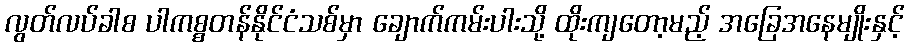
လွတ်လပ်ခါစ ပါကစ္စတန်နိုင်ငံသစ်မှာ ချောက်ကမ်းပါးသို့ ထိုးကျတော့မည့် အခြေအနေမျိုးနှင့်